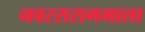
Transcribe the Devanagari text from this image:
नवरसरागमाला